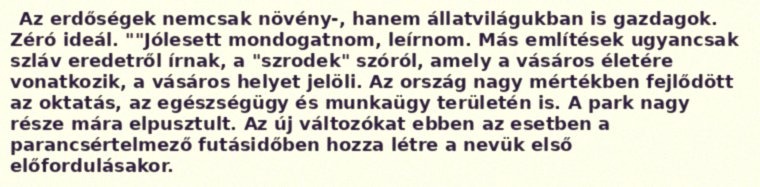
Az erdőségek nemcsak növény-, hanem állatvilágukban is gazdagok. Zéró ideál. ""Jólesett mondogatnom, leírnom. Más említések ugyancsak szláv eredetről írnak, a "szrodek" szóról, amely a vásáros életére vonatkozik, a vásáros helyet jelöli. Az ország nagy mértékben fejlődött az oktatás, az egészségügy és munkaügy területén is. A park nagy része mára elpusztult. Az új változókat ebben az esetben a parancsértelmező futásidőben hozza létre a nevük első előfordulásakor.